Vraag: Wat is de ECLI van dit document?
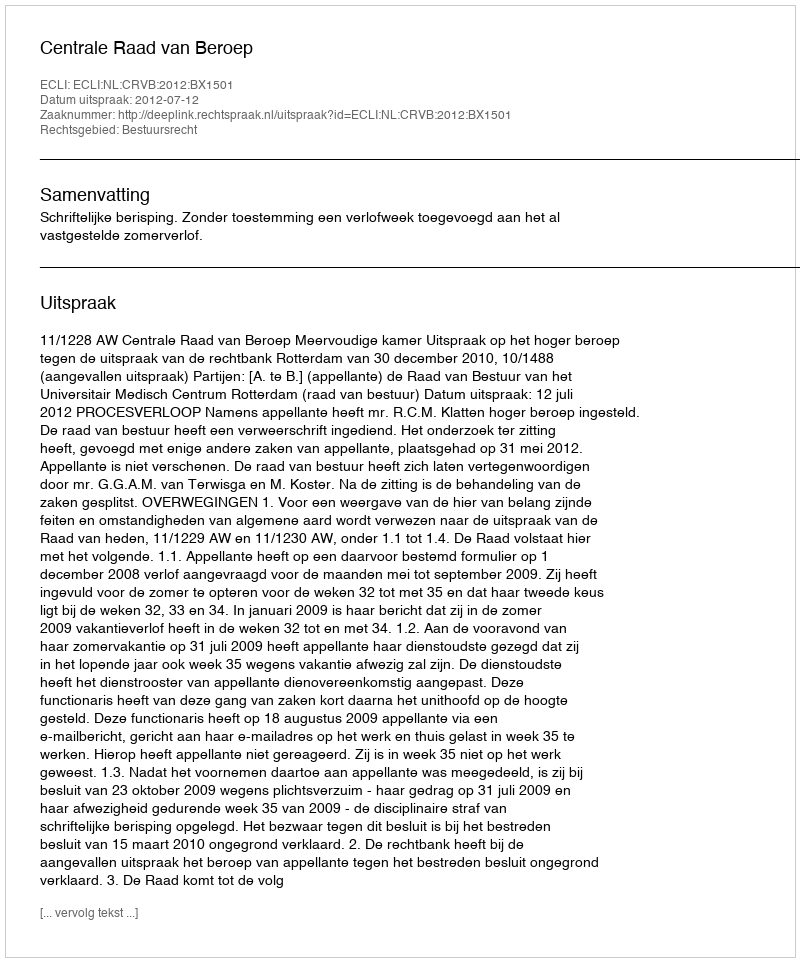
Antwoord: ECLI:NL:CRVB:2012:BX1501